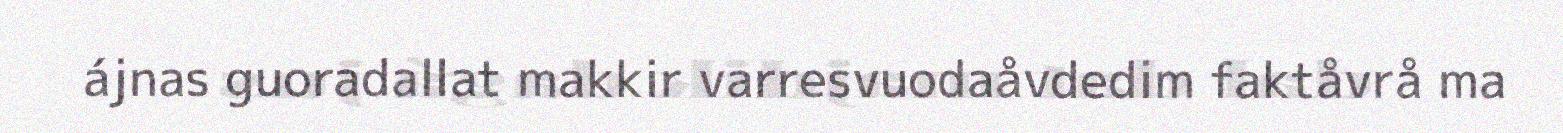
ájnas guoradallat makkir varresvuodaåvdedim faktåvrå ma